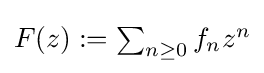
{\textstyle F(z):=\sum _{n\geq 0}f_{n}z^{n}}